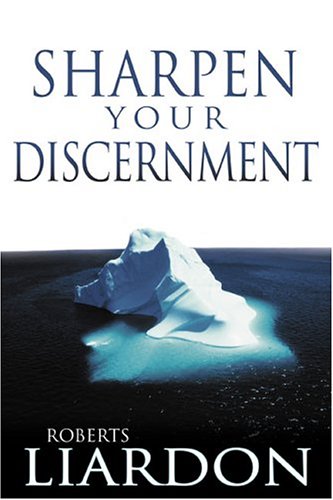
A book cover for Sharpen Your Discernment; Roberts Liardon; Christian Books & Bibles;